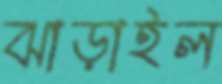
ঝাড়াইল